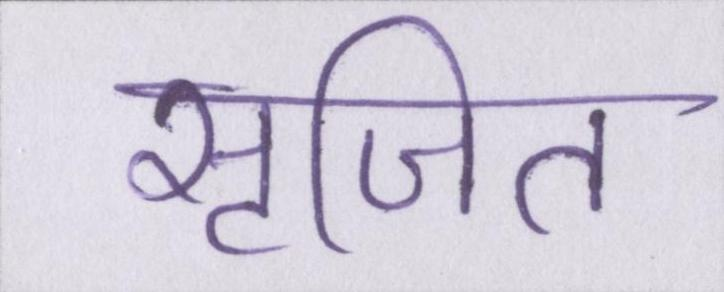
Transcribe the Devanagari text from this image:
सृजित